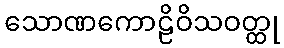
သောဏကောဠိဝိသဝတ္ထု